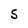
Character: 5